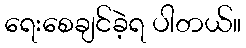
ရေးစေချင်ခဲ့ရ ပါတယ်။